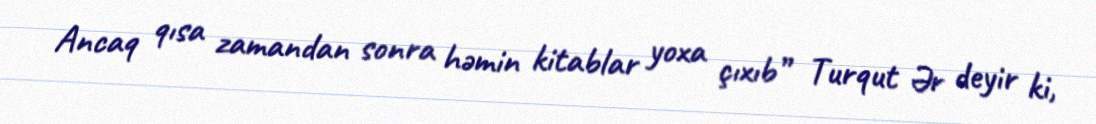
Ancaq qısa zamandan sonra həmin kitablar yoxa çıxıb” Turqut Ər deyir ki,